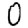
Digit: 0